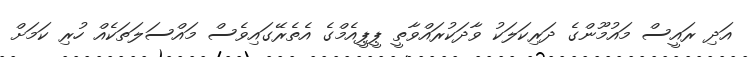
އަދި ރައީސް މައުމޫންގެ ދަރިކަލަކު ވާދަކުރައްވާތީ ޕީޕީއެމްގެ އެތެރޭގައިވެސް މައްސަލަތަކެއް ހުރި ކަމަށް